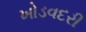
ખોડવદરી